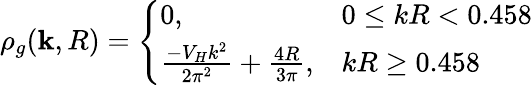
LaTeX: \rho_{g}(\mathbf{k},R)=\left\{ \begin{array}{ll}{{0,}}&{{0\leq kR<0.458}}\\ {{\frac{-V_{H}k^{2}}{2\pi^{2}}+\frac{4R}{3\pi},}}&{{kR\geq 0.458}}\end{array}\right.